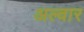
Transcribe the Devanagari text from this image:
अल्‍वार